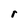
Character: r